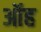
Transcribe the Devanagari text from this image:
ऑह